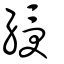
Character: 綬